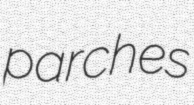
parches